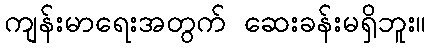
ကျန်းမာရေးအတွက် ဆေးခန်းမရှိဘူး။